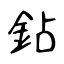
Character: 鉆